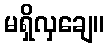
မရှိလှချေ။